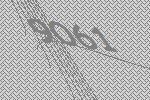
9061